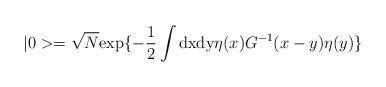
LaTeX: \begin{align*}|0>=\sqrt N {\rm exp}\{-\frac{1}{2}\int {\rm dx dy}\eta(x)G^{-1}(x-y)\eta(y)\}\end{align*}